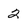
Character: 2